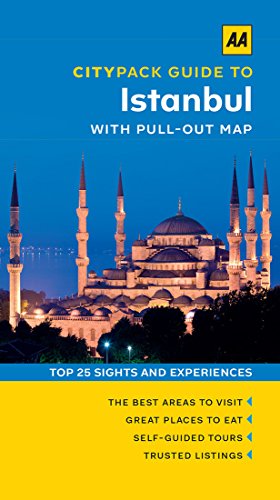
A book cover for Istanbul; AA Publishing; Travel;